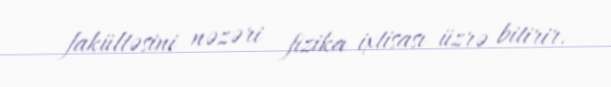
fakültəsini nəzəri fizika ixtisası üzrə bitirir.